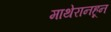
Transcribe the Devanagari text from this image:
माथेरानहून